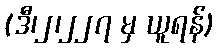
(ဒီ၊၂၊၂၂၇ မှ ယူရန်)